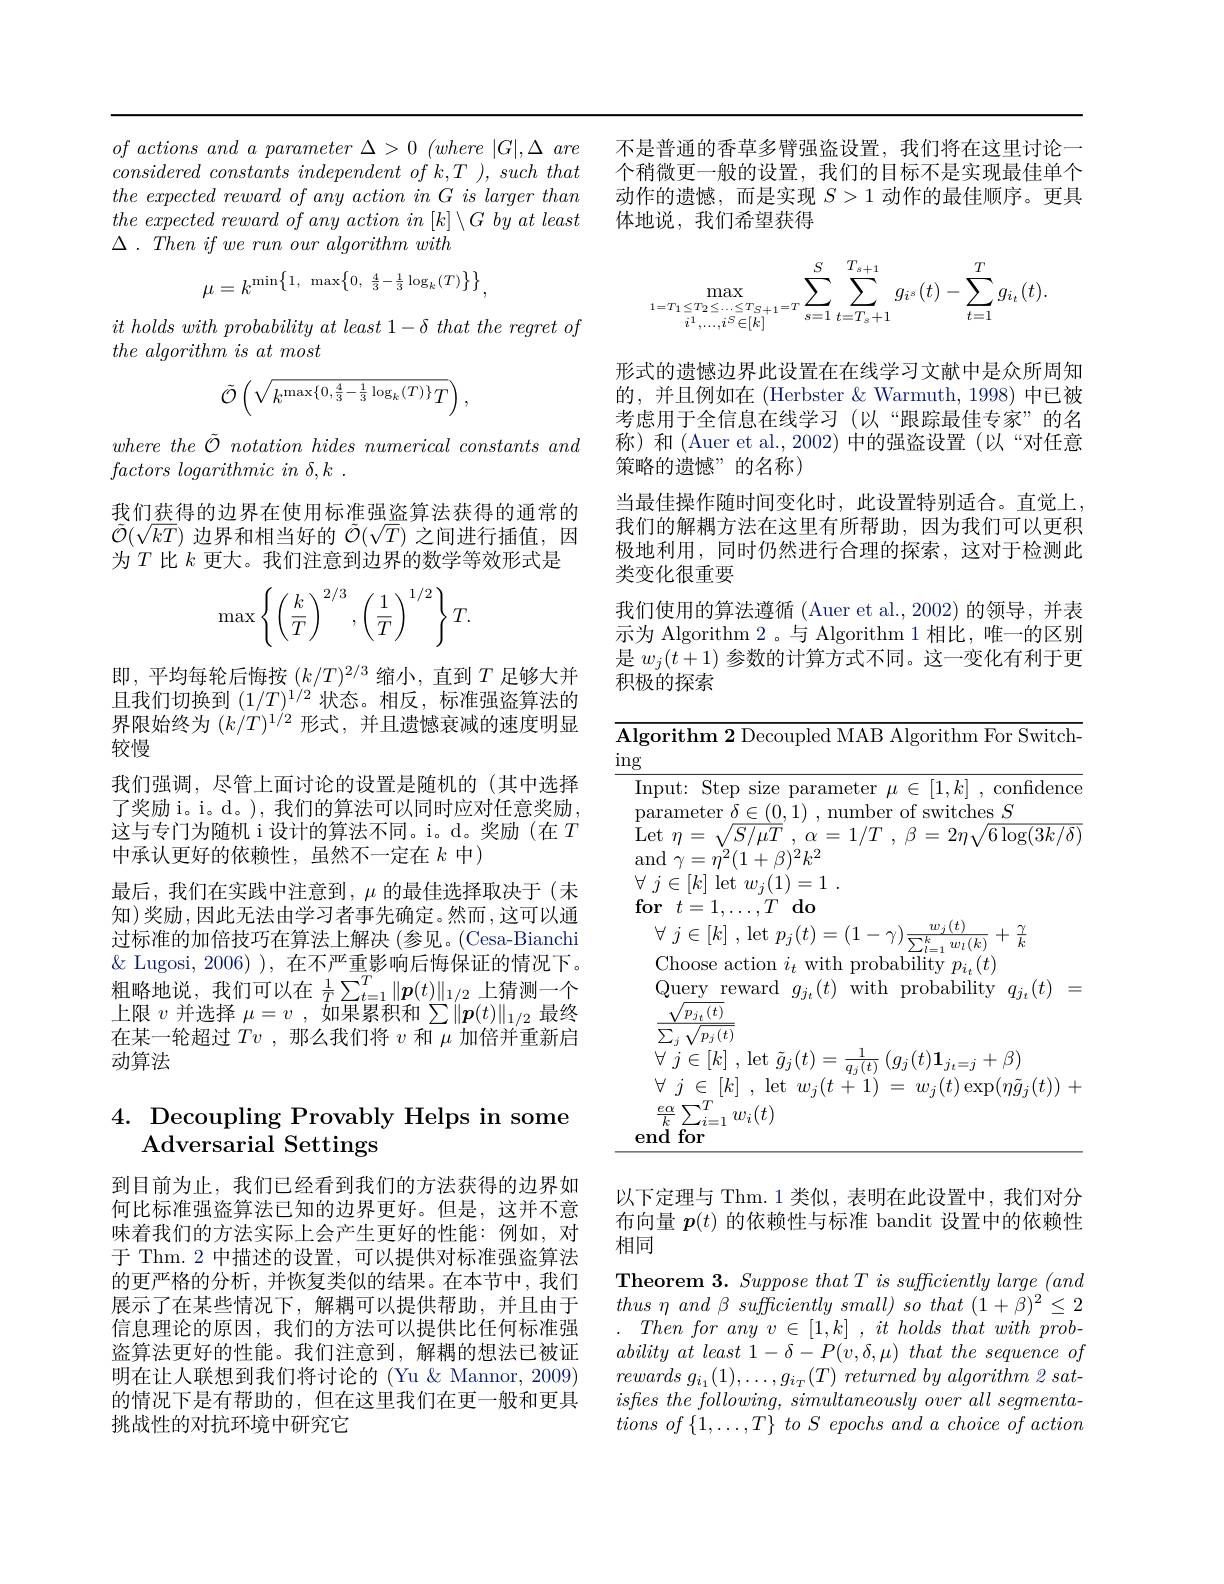
$of\textit{ actions and a parameter }\Delta > 0\allowbreak ( {\mathrm{mod}} where) | G| , \Delta \textit{ are}$ $considered~constants~independent~of~k,T~),~such~that$ $the\textit{ expected reward of any action in G is larger than}$ $the\textit{ expected reward of any action in }[ k] \setminus G\textit{by at least}$ $\Delta$ . Then $if$ $we$ run our algorithm with
$$\mu=k^{\min\left\{1,\:\max\left\{0,\:\frac{4}{3}-\frac{1}{3}\log_{k}(T)\right\}\right\}},$$
$it\textit{ holds with probability at least 1- that the regret of}$
$the\textit{ algorithm is at most}$
$$\tilde{\mathcal{O}}\left(\sqrt{k^{\max\{0,\frac{4}{3}-\frac{1}{3}\log_{k}(T)\}}T}\right),$$
where the $\tilde{\mathcal{O} }$ notation hides numerical constants and
$factors\textit{logarithmic in }\delta , k$ .

我们获得的边界在使用标准强盗算法获得的通常的$\tilde{\mathcal{O}}(\sqrt{kT})$边界和相当好的$\tilde{\mathcal{O}}(\sqrt T)$之间进行插值，因为$T$比$k$更大。我们注意到边界的数学等效形式是
$$\max\left\{\left(\dfrac{k}{T}\right)^{2/3},\left(\dfrac{1}{T}\right)^{1/2}\right\}T.$$
即，平均每轮后悔按$(k/T)^{2/3}$缩小，直到$T$足够大并且我们切换到$(1/T)^{1/2}$状态。相反，标准强盗算法的界限始终为$(k/T)^1/2$形式，并且遗憾衰减的速度明显较慢
我们强调，尽管上面讨论的设置是随机的(其中选择了奖励 i。i。d。), 我们的算法可以同时应对任意奖励， 这与专门为随机 i 设计的算法不同。i。d。奖励(在$T$ 中承认更好的依赖性，虽然不一定在 $k$ 中)
最后，我们在实践中注意到，$\mu$的最佳选择取决于(未知)奖励，因此无法由学习者事先确定。然而，这可以通过标准的加倍技巧在算法上解决 (参见。(Cesa-Bianchi $\&$ Lugosi, 2006) ), 在不严重影响后悔保证的情况下。Lugosi, 2000) , 1171 粗 略 地 说 , 我 们 可 以 在 $\frac 1T\sum _{t= 1}^{T}\| \boldsymbol{p}( t) \| _{1/ 2}$ 上 猜 测 一 个 粗 略 地 说 , 我 们 可 以 在 $\frac 1T\sum _{t= 1}^{T}\| \boldsymbol{p}( t) \| _{1/ 2}$ 上 猜 测 一 个上限$v$并选择$\mu=v$,如果累积和$\sum\|\boldsymbol{p}(t)\|_1/2$最终在某一轮超过$Tv$ ,那么我们将$v$和$\mu$加倍并重新启动算法

## 4. Decoupling Provably Helps in some Adversarial Settings

到目前为止，我们已经看到我们的方法获得的边界如何比标准强盗算法已知的边界更好。但是，这并不意味着我们的方法实际上会产生更好的性能：例如，对于 Thm. 2 中描述的设置，可以提供对标准强盗算法的更严格的分析，并恢复类似的结果。在本节中，我们展示了在某些情况下，解耦可以提供帮助，并且由于信息理论的原因，我们的方法可以提供比任何标准强盗算法更好的性能。我们注意到，解耦的想法已被证明在让人联想到我们将讨论的 (Yu &Mannor, 2009) 的情况下是有帮助的，但在这里我们在更一般和更具挑战性的对抗环境中研究它

不是普通的香草多臂强盗设置，我们将在这里讨论一个稍微更一般的设置，我们的目标不是实现最佳单个动作的遗憾，而是实现$S>1$动作的最佳顺序。更具体地说，我们希望获得
$$\max_{1=T_{1}\leq T_{2}\leq\ldots\leq T_{S+1}=T}\sum_{s=1}^{S}\sum_{t=T_{s}+1}^{T_{s+1}}g_{i^{s}}(t)-\sum_{t=1}^{T}g_{i_{t}}(t).$$
形式的遗憾边界此设置在在线学习文献中是众所周知的，并且例如在 (Herbster &Warmuth, 1998) 中已被考虑用于全信息在线学习(以“跟踪最佳专家”的名称)和(Auer et al.,2002)中的强盗设置(以“对任意策略的遗憾”的名称)
当最佳操作随时间变化时，此设置特别适合。直觉上， 我们的解耦方法在这里有所帮助，因为我们可以更积极地利用，同时仍然进行合理的探索，这对于检测此类变化很重要
我们使用的算法遵循 (Auer et al.,2002)的领导，并表示为 Algorithm 2。与 Algorithm 1 相比，唯一的区别是$w_j(t+1)$参数的计算方式不同。这一变化有利于更积极的探索

<table>
	<tbody>
		<tr>
			<td>H $\lg$ T 1 1 L 1 1 </td>
		</tr>
		<tr>
			<td> </td>
		</tr>
		<tr>
			<td>$\mathbf{e}_{i}$</td>
		</tr>
	</tbody>
</table>

以下定理与 Thm.1 类似，表明在此设置中，我们对分布向量$\boldsymbol{p}(t)$的依赖性与标准 bandit 设置中的依赖性相同
Theorem 3. Suppose that T is sufficiently large (and $thus\eta and\beta sufficientlysmall)sothat(1+\beta)^{2}\leq2$
Thenforany $v$ $\in$ $[ 1, k]$ , $it$ holds that with $prob-$ ability $at$ least $1- \delta - P( v, \delta , \mu )$ that the sequence $of$ rewards $g_{i_{1}}( 1) , \ldots , g_{i_{T}}( T)$ returned $by$ algorithm 2 $sat-$ isfles the $following$, simultaneously over all $segmenta-$ tions $of\left \{ 1, \ldots , T\right \}$ $to$ $S$ epochs and $a$ choice $of$ action